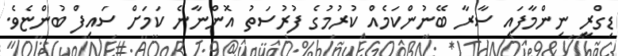
ޑިގްރީ ނިންމާފައި ސާރާ ބޭނުންކަމެއް ކުރުމުގެ ފުރުސަތު އޮންނާނެ ކަމަށް ސައިފް ބުންޏެވެ.